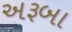
અરૂબા